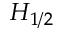
H _ { 1 / 2 }